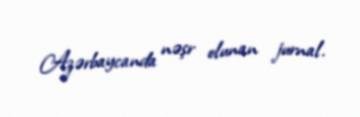
Azərbaycanda nəşr olunan jurnal.